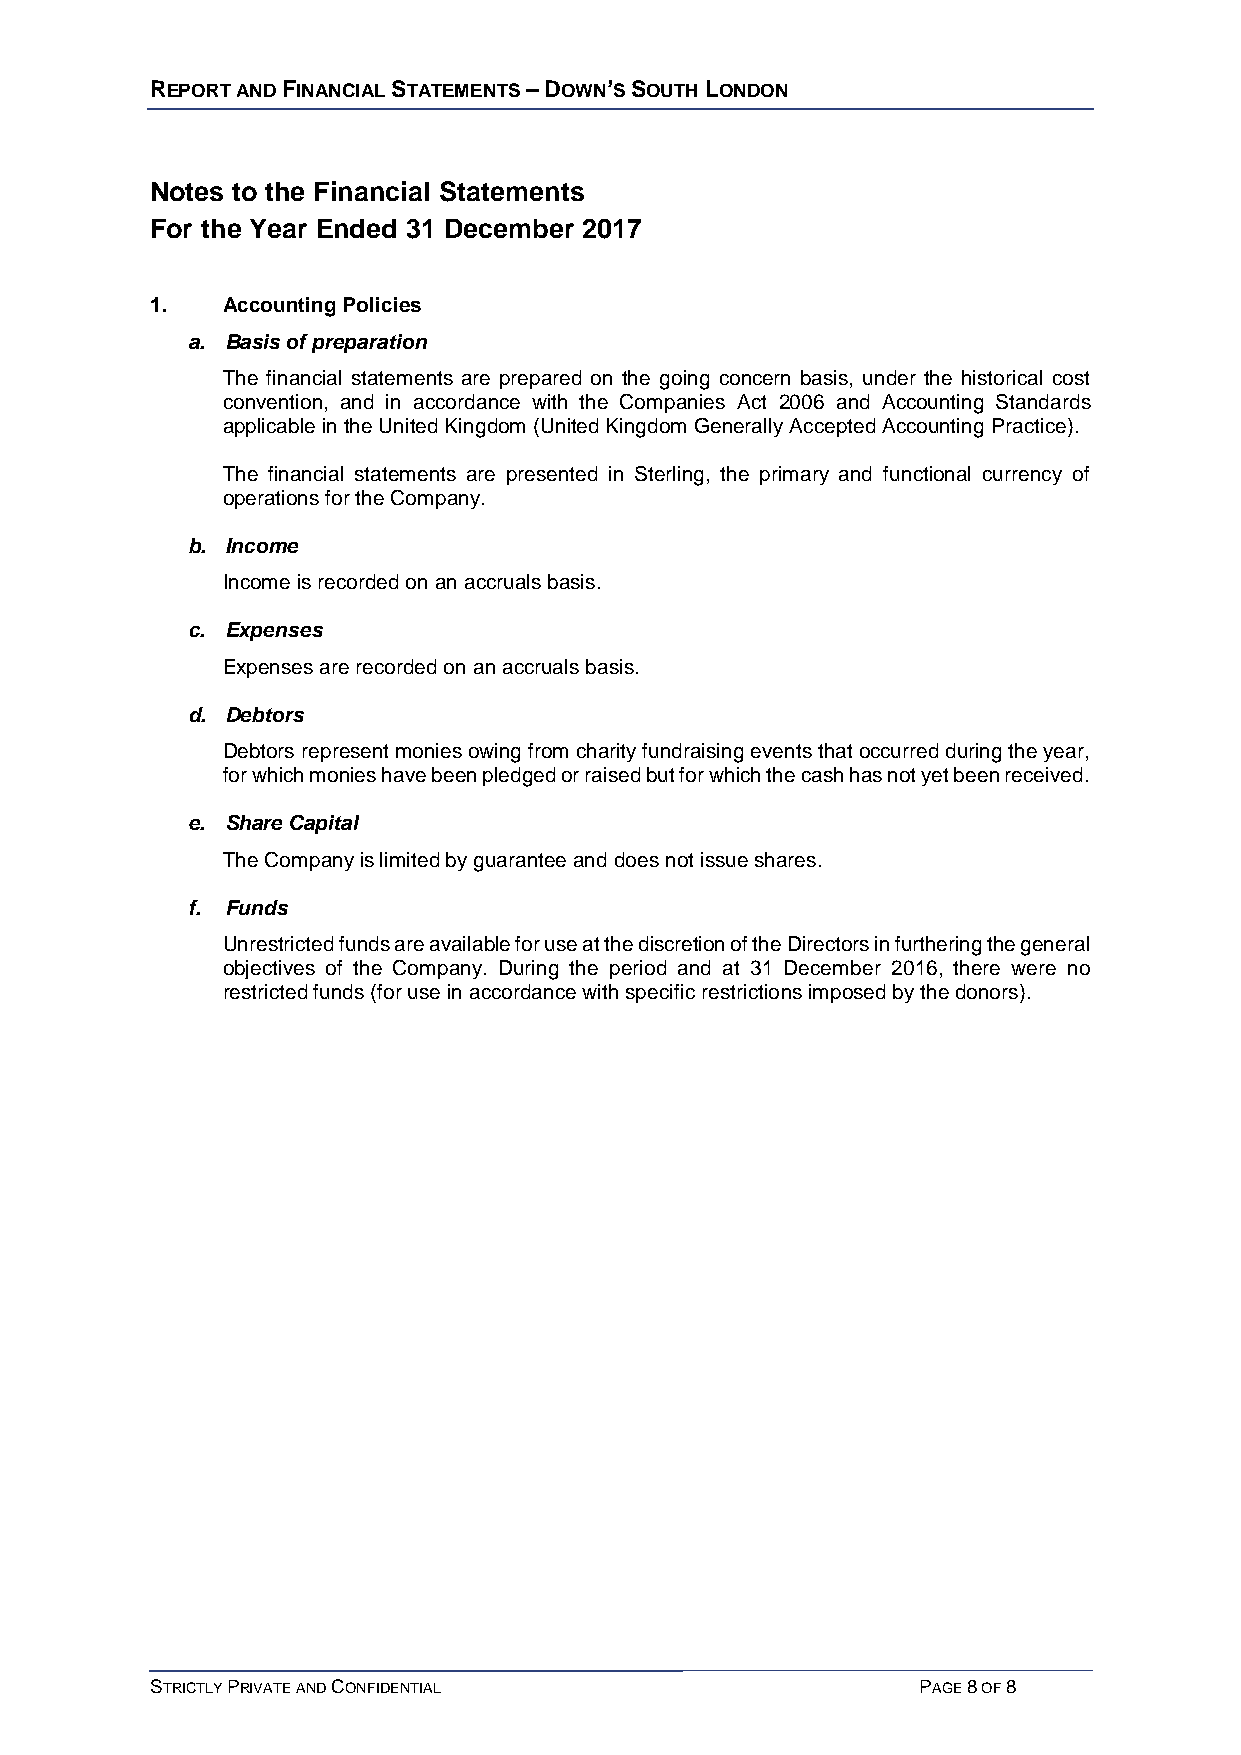
REPORT AND FINANCIAL STATEMENTS – DOWN’S SOUTH LONDON
 Notes to the Financial Statements
 For the Year Ended 31 December 2017
 1.   Accounting Policies
 a. Basis of preparation
 The financial statements are prepared on the going concern basis, under the historical cost
 convention, and in accordance with the Companies Act 2006 and Accounting Standards
 applicable in the United Kingdom (United Kingdom Generally Accepted Accounting Practice).
 The financial statements are presented in Sterling, the primary and functional currency of
 operations for the Company.
 b. Income
 Income is recorded on an accruals basis.
 c. Expenses
 Expenses are recorded on an accruals basis.
 d. Debtors
 Debtors represent monies owing from charity fundraising events that occurred during the year,
 for which monies have been pledged or raised but for which the cash has not yet been received.
 e. Share Capital
 The Company is limited by guarantee and does not issue shares.
 f. Funds
 Unrestricted funds are available for use at the discretion of the Directors in furthering the general
 objectives of the Company. During the period and at 31 December 2016, there were no
 restricted funds (for use in accordance with specific restrictions imposed by the donors).
 STRICTLY PRIVATE AND CONFIDENTIAL                  PAGE 8 OF 8